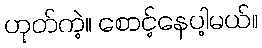
ဟုတ်ကဲ့။ စောင့်နေပါ့မယ်။